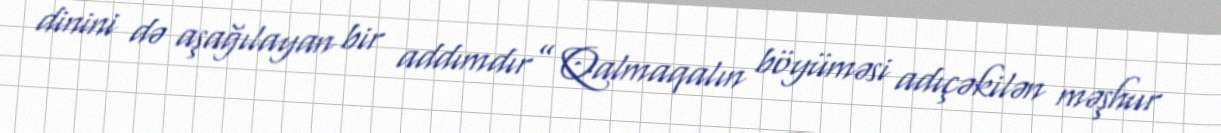
dinini də aşağılayan bir addımdır” Qalmaqalın böyüməsi adıçəkilən məşhur